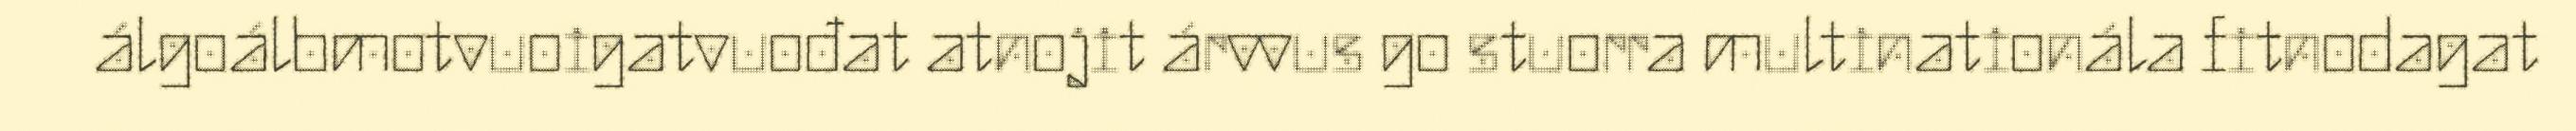
álgoálbmotvuoigatvuođat atnojit árvvus go stuorra multinationála fitnodagat